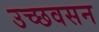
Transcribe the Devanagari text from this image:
उच्छवसन